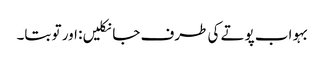
بہو اب پوتے کی طرف جا نکلیں: اور تو بتا۔